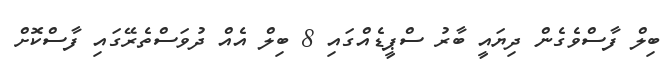
ބިލް ފާސްވެގެން ދިޔައީ ބާރު ސްޕީޑެއްގައި 8 ބިލް އެއް ދުވަސްތެރޭގައި ފާސްކޮށް